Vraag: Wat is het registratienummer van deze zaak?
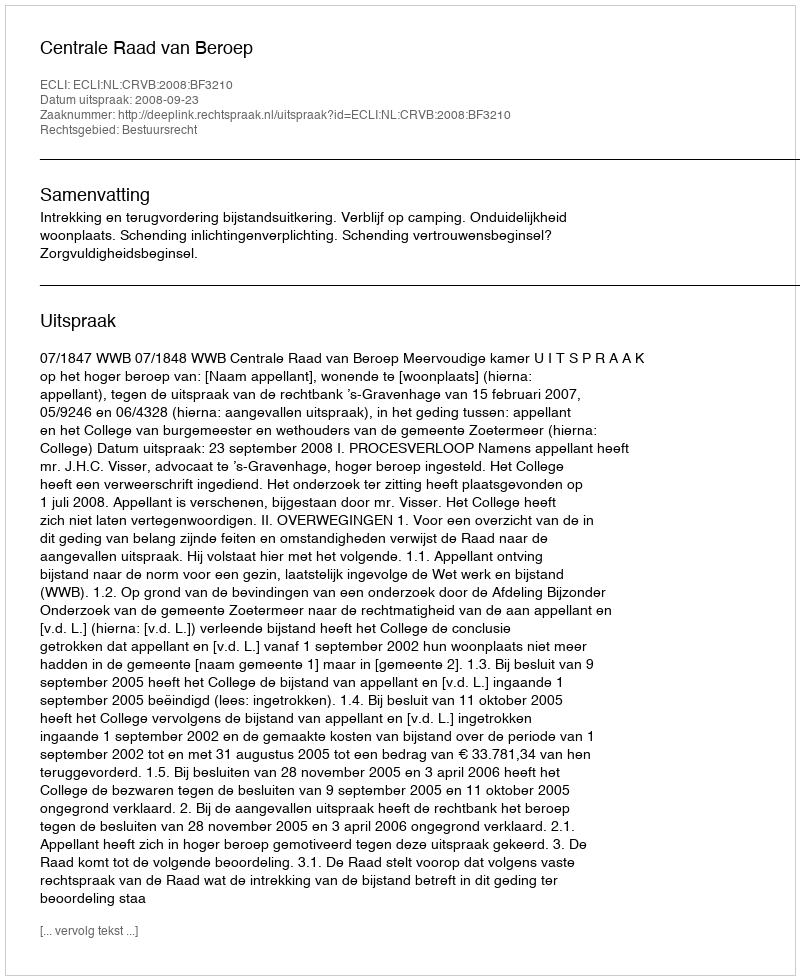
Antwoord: http://deeplink.rechtspraak.nl/uitspraak?id=ECLI:NL:CRVB:2008:BF3210